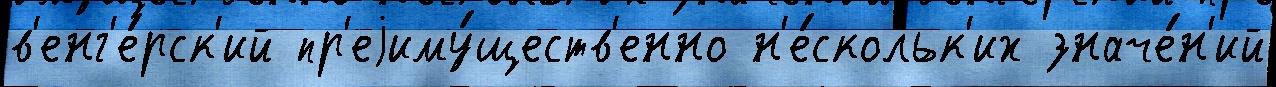
в'енг'е́рск'ий пр'еjиму́ществ'енно н'е́скольк'их значе́н'ий